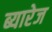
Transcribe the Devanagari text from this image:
ब्यारेज